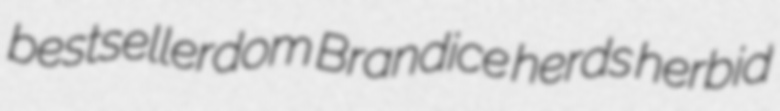
bestsellerdom Brandice herds herbid